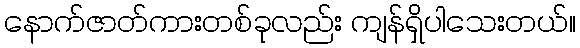
နောက်ဇာတ်ကားတစ်ခုလည်း ကျန်ရှိပါသေးတယ်။